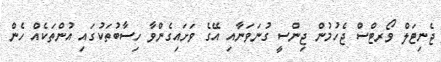
ޖެނިޓަލް ވޯރޓްސް ޖެހުމުން ޖިންސީ ގުނަވަނާއި އޭގެ ވަށައިގެންވާ ހިސާބުތަކުގައި އުންތަކެއް ހެން